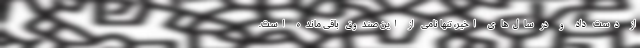
از دست داد و در سال‌های اخیر، تنها نامی از این صندوق باقی مانده است.